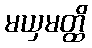
မယှမတ္ထိ